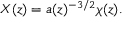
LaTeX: X ( z ) = a ( z ) ^ { - 3 / 2 } \chi ( z ) .